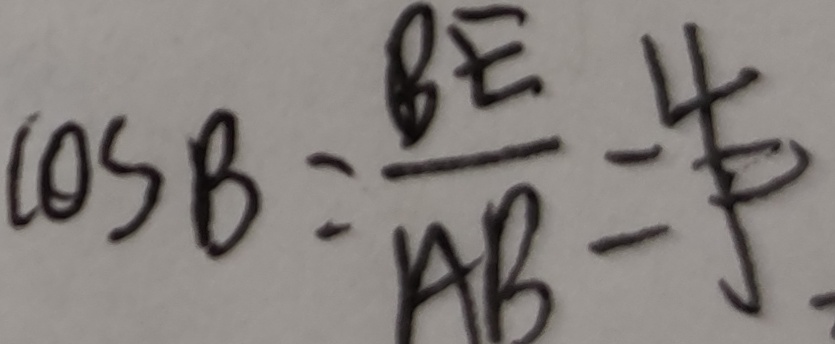
\cos B = \frac { B E } { A B } = \frac { 4 } { 5 } .